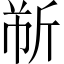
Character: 𫿹